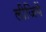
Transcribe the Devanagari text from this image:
लीजियें